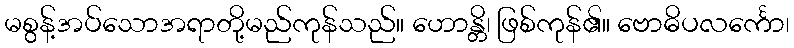
မစွန့်အပ်သောအရာတို့မည်ကုန်သည်။ ဟောန္တိ၊ ဖြစ်ကုန်၏။ ဗောဓိပလင်္ကော၊